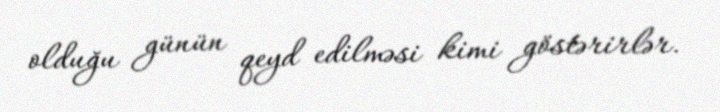
olduğu günün qeyd edilməsi kimi göstərirlər.